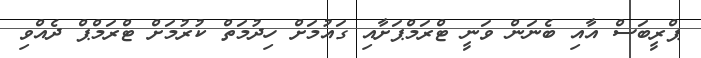
ޕްރީބަސް އާއި ބެނަން ވަނީ ޓްރަމްޕަށާއި ގައުމަށް ހިދުމަތް ކުރުމަށް ޓްރަމްޕް ދެއްވި